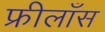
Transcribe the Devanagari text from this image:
फ्रीलाँस